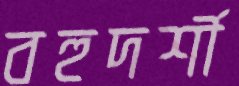
বহুদর্শী